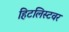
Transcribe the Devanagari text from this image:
हिटलिस्टवर